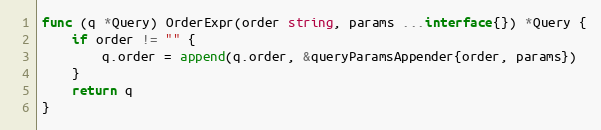
Language: Go
func (q *Query) OrderExpr(order string, params ...interface{}) *Query {
	if order != "" {
		q.order = append(q.order, &queryParamsAppender{order, params})
	}
	return q
}